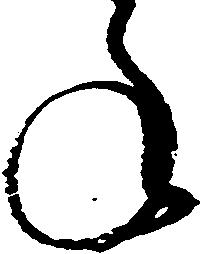
ね